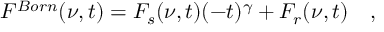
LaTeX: F ^ { B o r n } ( \nu , t ) = F _ { s } ( \nu , t ) ( - t ) ^ { \gamma } + F _ { r } ( \nu , t ) \quad ,